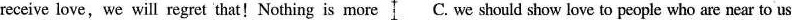
receive love, we will regret that!Nothing is more C. we should show love to people who are near to us